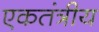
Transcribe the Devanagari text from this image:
एकतंत्रीय